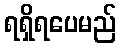
ရရှိရပေမည်